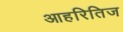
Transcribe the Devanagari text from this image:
आहरितिज